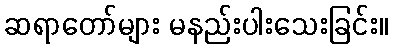
ဆရာတော်များ မနည်းပါးသေးခြင်း။